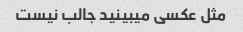
مثل عکسی میبینید جالب نیست